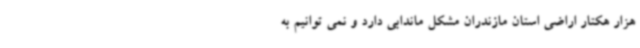
هزار هکتار اراضی استان مازندران مشکل ماندابی دارد و نمی توانیم به